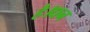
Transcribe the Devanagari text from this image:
है।धन